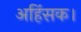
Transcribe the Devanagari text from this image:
अहिंसक।